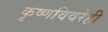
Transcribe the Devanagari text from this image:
कृष्णविवरेही